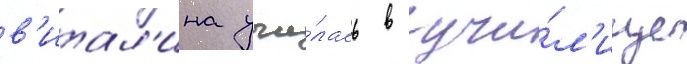
в'итал'ина учи́лась в учи́л'ище